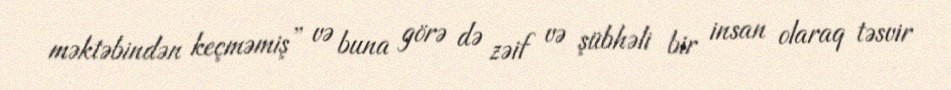
məktəbindən keçməmiş” və buna görə də zəif və şübhəli bir insan olaraq təsvir